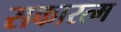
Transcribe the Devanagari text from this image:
सकारत्म